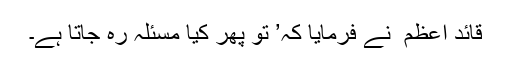
قائد اعظم ؒ نے فرمایا کہ’ تو پھر کیا مسئلہ رہ جاتا ہے۔